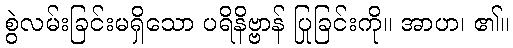
စွဲလမ်းခြင်းမရှိသော ပရိနိဗ္ဗာန် ပြုခြင်းကို။ အာဟ၊ ၏။